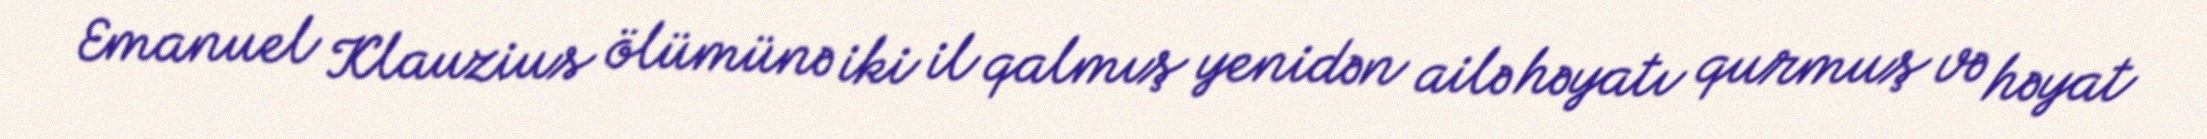
Emanuel Klauzius ölümünə iki il qalmış yenidən ailə həyatı qurmuş və həyat